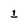
Character: 1